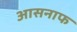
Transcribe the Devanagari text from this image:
आसनाफ